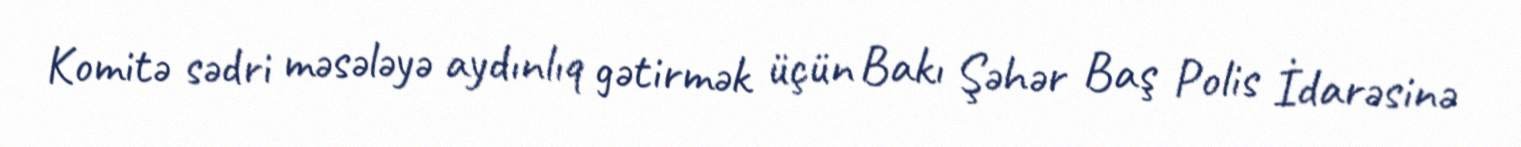
Komitə sədri məsələyə aydınlıq gətirmək üçün Bakı Şəhər Baş Polis İdarəsinə